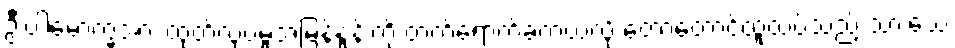
ဦးပါမောက္ခအား ထုတ်လုပ်မှုအမြန်နှုန်းကို တက်ရောက်ခဲ့တယ်လို့ တောတောင်ထူထပ်သည့် သားသေ